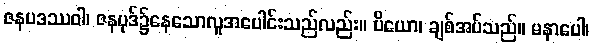
ဇနပဒဿဝါ၊ ဇနပုဒ်၌နေသောလူအပေါင်းသည်လည်း။ ပိယော၊ ချစ်အပ်သည်။ မနာပေါ၊